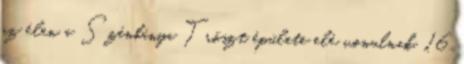
az élen a Szénbánya Tröszt épülete elé vonulnak. 16